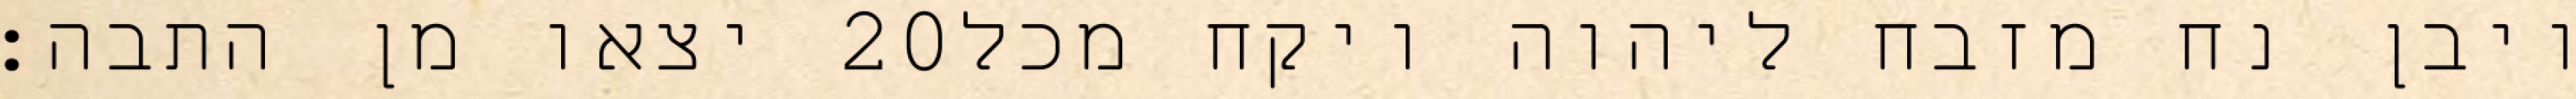
יצאו מן התבה׃ ‎20‏ ויבן נח מזבח ליהוה ויקח מכל